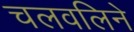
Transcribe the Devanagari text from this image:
चलवलिने